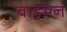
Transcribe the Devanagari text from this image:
बाहमन